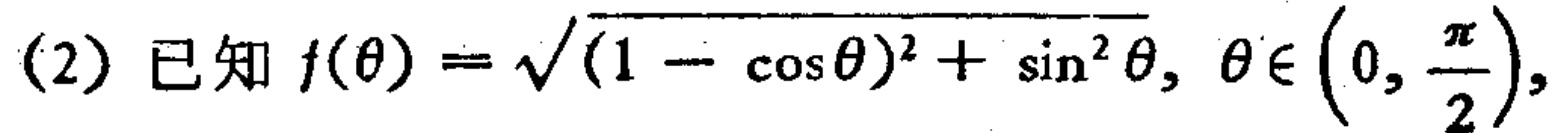
(2) 已知 \(f(\theta)=\sqrt{(1 - \cos\theta)^2+\sin^{2}\theta},\theta\in\left(0,\frac{\pi}{2}\right)\)